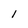
Character: l